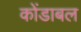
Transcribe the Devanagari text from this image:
कोंडाबल